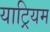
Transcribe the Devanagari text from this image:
याट्रियम